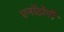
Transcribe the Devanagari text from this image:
एनॉटोमी